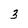
Character: 3